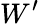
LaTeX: W^{\prime}